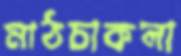
মাঠচাকলা